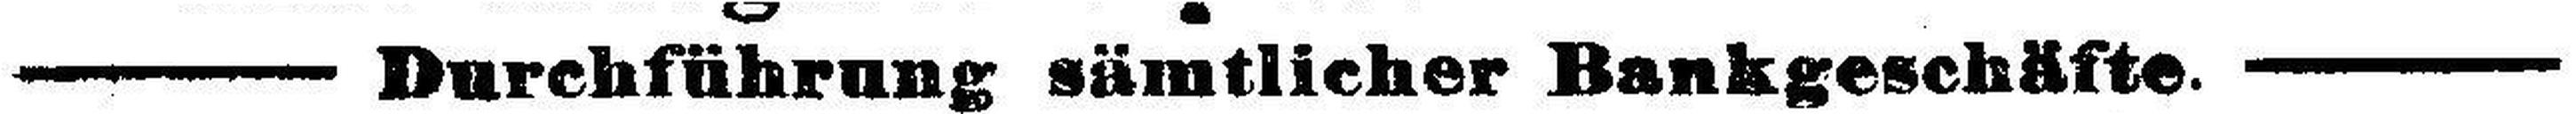
— Durchführung sämtlicher Bankgeschäfte. —